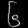
Digit: ၆